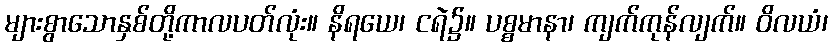
များစွာသောနှစ်တို့ကာလပတ်လုံး။ နိရယေ၊ ငရဲ၌။ ပစ္စမာနာ၊ ကျက်ကုန်လျက်။ ဝိလယံ၊